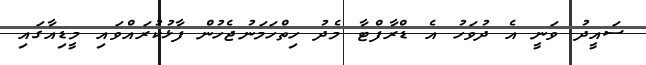
ސައީދު ވަނީ އެ ދުވަހު އެ ޑްރާފްޓާ މެދު ހިތްހަމަނުޖެހުން ފާޅުކުރައްވައި މީޑިއާގައި